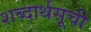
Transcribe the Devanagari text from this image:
शब्दार्थसूची